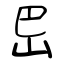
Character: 岊